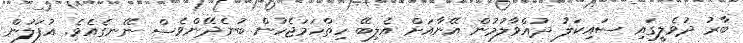
ބާރު ދުވެލީގައި ސައިކަލު ދުއްވާލުމުން އޭނާއަށް އެލިބޭ ހިތްހަމަޖެހުން ބުނެދޭންވެސް ނޭނގެއެވެ. އުފަލުން